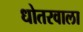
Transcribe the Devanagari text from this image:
धोतरवाला